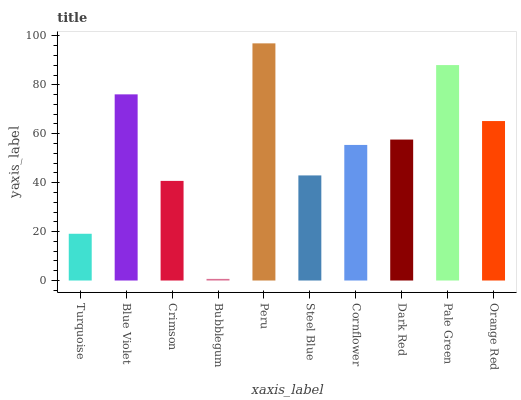
| xaxis_label | bars |
 | --- | --- |
 | Turquoise | 19.1 |
 | Blue Violet | 76.1 |
 | Crimson | 40.7 |
 | Bubblegum | 0.668 |
 | Peru | 97 |
 | Steel Blue | 43 |
 | Cornflower | 55.4 |
 | Dark Red | 57.6 |
 | Pale Green | 88.1 |
 | Orange Red | 65.2 |